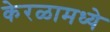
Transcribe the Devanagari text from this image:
केरळामध्ये